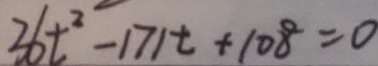
3 6 t ^ { 2 } - 1 7 1 t + 1 0 8 = 0